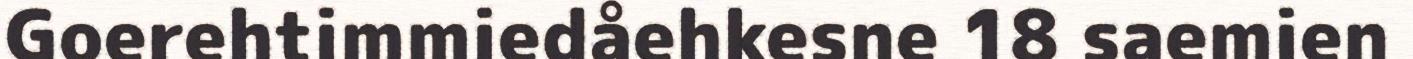
Goerehtimmiedåehkesne 18 saemien